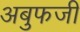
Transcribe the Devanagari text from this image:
अबुफजी